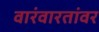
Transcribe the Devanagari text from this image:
वारंवारतांवर